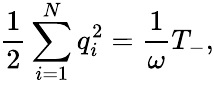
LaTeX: \frac{1}{2}\sum_{i=1}^{N}q_{i}^{2}=\frac{1}{\omega}T_{-},